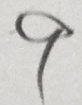
9